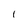
Character: 1